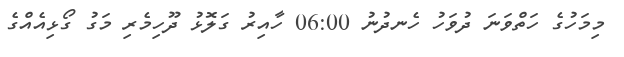
މިމަހުގެ ހަތްވަނަ ދުވަހު ހެނދުނު 06:00 ހާއިރު ގަލޮޅު ދޫހިމެރި މަގު ގޯޅިއެއްގެ